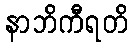
နာဘိကီရတိ